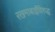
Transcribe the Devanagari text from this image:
रखमाबाईंविरुद्ध